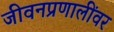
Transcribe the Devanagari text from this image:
जीवनप्रणालींवर